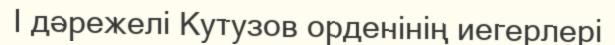
I дәрежелі Кутузов орденінің иегерлері